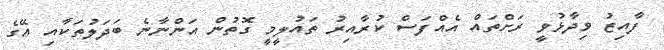
ފާއިޒު ވިދާޅުވީ ރަށްތައް އެއްފަސް ކުރާއިރު ތައުލީމީ ގޮތުން އަންނާނެ ބަދަލުތަކާއި އޭގެ